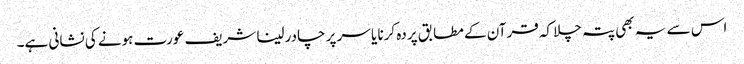
اس سے یہ بھی پتہ چلا کہ قرآن کے مطابق پردہ کرنا یا سر پر چادر لینا شریف عورت ہونے کی نشانی ہے۔